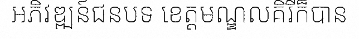
អភិវឌ្ឍន៍ជនបទ ខេត្តមណ្ឌលគិរីក៏បាន